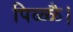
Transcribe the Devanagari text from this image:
पिळ्ळै।